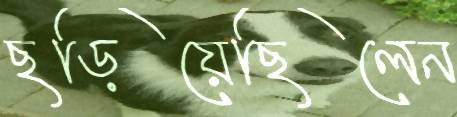
ছড়িয়েছিলেন